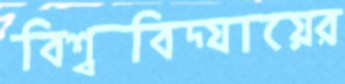
বিশ্ববিদ্যায়ের